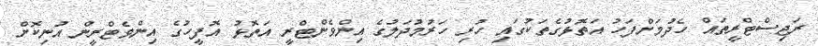
ރަޖިސްޓްރީތައް ހެދުމަށްފަހު އަތޮޅުގެތަކުގައި ހުރި ހަރުމުދަލުގެ އިންވެންޓްރީ އަތޮޅު އޮފީހުގެ އިންވެޓްރީން އުނިކޮށް